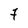
Character: 7